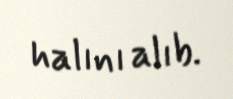
halını alıb.